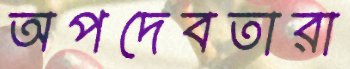
অপদেবতারা